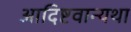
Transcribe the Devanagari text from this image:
आदिष्टवान्यथा